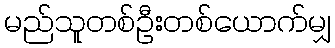
မည်သူတစ်ဦးတစ်ယောက်မျှ